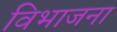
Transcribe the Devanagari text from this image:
विभाजना